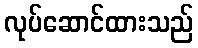
လုပ်ဆောင်ထားသည်